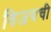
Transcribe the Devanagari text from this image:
विजयची